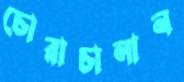
চোরাচালান